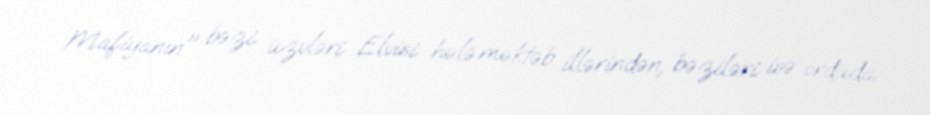
Mafiyanın" bəzi üzvləri Elvisi hələ məktəb illərindən, bəziləri isə orduda